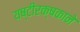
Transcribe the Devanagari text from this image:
यष्टीरक्षकाने